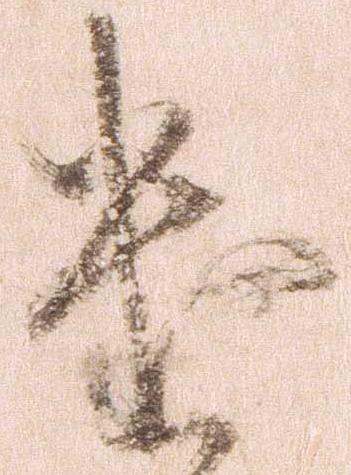
遣